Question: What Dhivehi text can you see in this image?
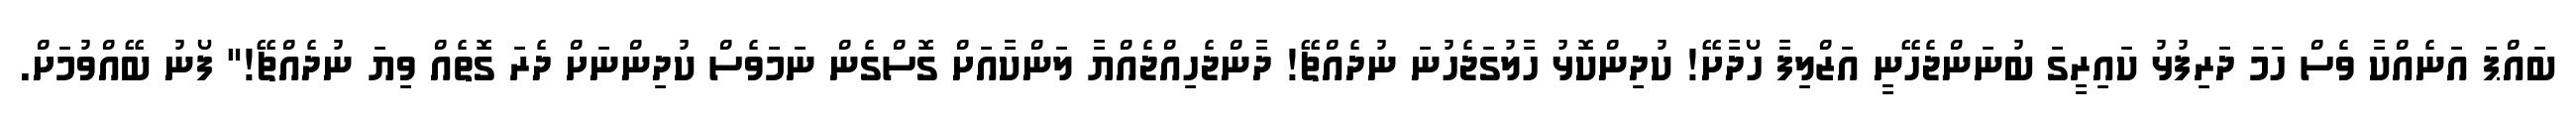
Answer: ބައްޕަ އަނެއްކާ ވެސް ހަމަ ދަރިފުޅު ކައިރީގަ ބުނަންޖެހޭނީ އަޒްލިފާ ހޯދާށޭ! ކުދިންކޮޅު ހާލުގަޖެހުނަ ނުދެއްޗޭ! ދާންޖެހިއްޖެއްޔާ ލަންކާއަށް ގޮސްގެން ނަމަވެސް ކުދިންނަށް ދެރަ ގޮތެއް ވިޔަ ނުދެއްޗޭ!" ފޯނު ބޭއްވުމަށް.